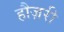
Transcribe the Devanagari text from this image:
हौज़री